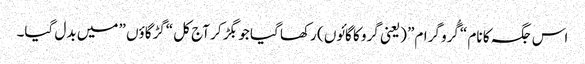
اس جگہ کا نام “گُرو گرام” (یعنی گرو کا گائوں ) رکھا گیا جو بگڑ کر آج کل “گڑگاؤں ” میں بدل گیا۔